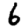
Digit: 6